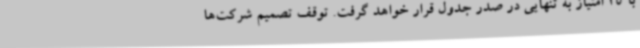
با 25 امتیاز به تنهایی در صدر جدول قرار خواهد گرفت. توقف تصمیم شرکت‌ها